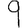
Digit: 9